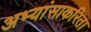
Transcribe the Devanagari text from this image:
अभ्यांसाकरिता